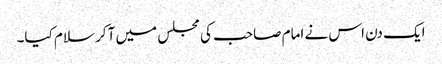
ایک دن اس نے امام صاحب کی مجلس میں آکر سلام کیا۔